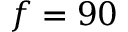
f = 9 0